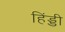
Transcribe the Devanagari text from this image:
हिंड्डी